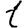
Digit: 1